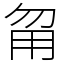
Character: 甮